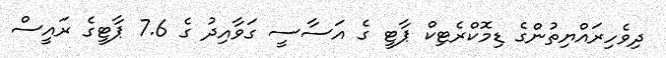
ދިވެހިރައްޔިތުންގެ ޑިމޮކްރެޓިކް ޕާޓީ ގެ އަސާސީ ގަވާއިދު ގެ 7.6 ޕާޓީގެ ރައީސް